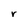
Character: r